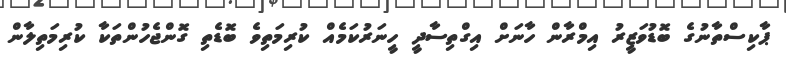
ޕާކިސްތާނުގެ ބޮޑުވަޒީރު އިމްރާން ހާނަށް އިގްތިސާދީ ހީނަރުކަމެއް ކުރިމަތިވެ ބޮޑެތި ގޮންޖެހުންތަކާ ކުރިމަތިލާން